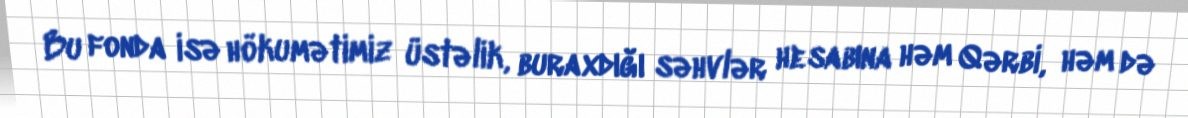
Bu fonda isə hökumətimiz üstəlik, buraxdığı səhvlər hesabına həm Qərbi, həm də